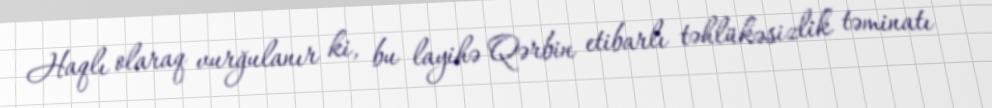
Haqlı olaraq vurğulanır ki, bu layihə Qərbin etibarlı təhlükəsizlik təminatı